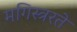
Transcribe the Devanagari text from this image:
मगिस्त्ररते